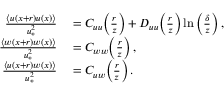
\begin{array} { r l } { \frac { \langle u ( x + r ) u ( x ) \rangle } { u _ { \ast } ^ { 2 } } } & { { } = C _ { u u } \! \left( \frac { r } { z } \right) + D _ { u u } \! \left( \frac { r } { z } \right) \ln \left( \frac { \delta } { z } \right) , } \\ { \frac { \langle w ( x + r ) w ( x ) \rangle } { u _ { \ast } ^ { 2 } } } & { { } = C _ { w w } \! \left( \frac { r } { z } \right) , } \\ { \frac { \langle u ( x + r ) w ( x ) \rangle } { u _ { \ast } ^ { 2 } } } & { { } = C _ { u w } \! \left( \frac { r } { z } \right) . } \end{array}